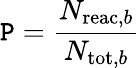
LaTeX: \mathtt{P}=\frac{{N_{\mathrm{{reac,}}b}}}{{N_{\mathrm{{tot,}}b}}}